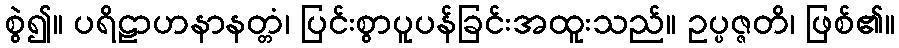
စွဲ၍။ ပရိဠာဟနာနတ္တံ၊ ပြင်းစွာပူပန်ခြင်းအထူးသည်။ ဥပ္ပဇ္ဇတိ၊ ဖြစ်၏။